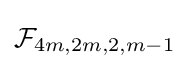
{\mathcal {F}}_{4m,2m,2,m-1}